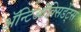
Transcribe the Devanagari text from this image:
ॲन्टिऑक्सिडेंट्स